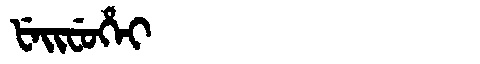
Manchu: ᡶᡝᡳᠸᡠᡥᡝᡳ
Romanization: FEIFUHEI